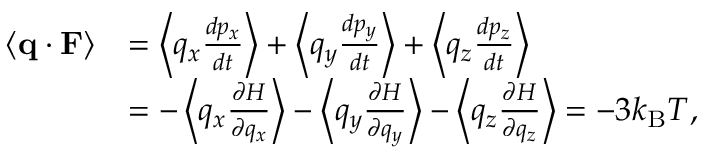
{ \begin{array} { r l } { \langle \mathbf { q } \cdot \mathbf { F } \rangle } & { = \left\langle q _ { x } { \frac { d p _ { x } } { d t } } \right\rangle + \left\langle q _ { y } { \frac { d p _ { y } } { d t } } \right\rangle + \left\langle q _ { z } { \frac { d p _ { z } } { d t } } \right\rangle } \\ & { = - \left\langle q _ { x } { \frac { \partial H } { \partial q _ { x } } } \right\rangle - \left\langle q _ { y } { \frac { \partial H } { \partial q _ { y } } } \right\rangle - \left\langle q _ { z } { \frac { \partial H } { \partial q _ { z } } } \right\rangle = - 3 k _ { \mathrm { B } } T , } \end{array} }